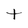
Character: t